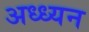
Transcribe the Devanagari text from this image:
अध्ध्यन